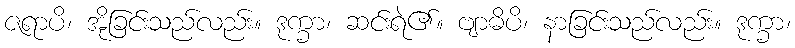
ဇရာပိ၊ အိုခြင်းသည်လည်း။ ဒုက္ခာ၊ ဆင်းရဲ၏။ ဗျာဓိပိ၊ နာခြင်းသည်လည်း။ ဒုက္ခာ၊